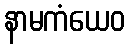
နာမကံယေဝ